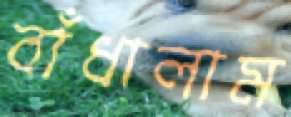
বাঁধালাম